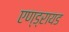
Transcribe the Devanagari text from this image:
एण्ड्रायड